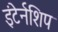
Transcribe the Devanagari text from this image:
इंटेर्नशिप